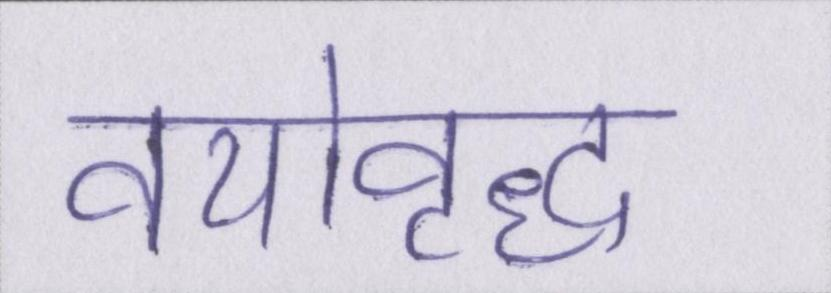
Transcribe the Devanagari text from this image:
वयोवृद्ध